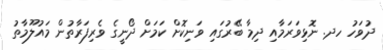
ދުވަހު ހދ. ނޮޅިވަރަމާއި ދިމާ ބޭރުގައި ވަނިކޮށް ކަމަށް ދޯނީގެ ވެރިފަރާތުން މައުލޫމާތު